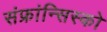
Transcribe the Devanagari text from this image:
संफ्रांन्सिस्को